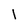
Character: l